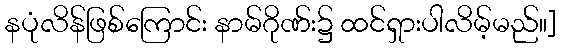
နပုံလိန်ဖြစ်ကြောင်း နာမ်ဂိုဏ်း၌ ထင်ရှားပါလိမ့်မည်။]